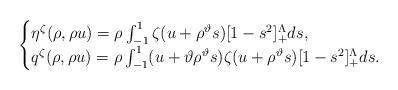
LaTeX: \begin{align*}\begin{cases}\eta^\zeta(\rho,\rho u)=\rho\int_{-1}^1 \zeta(u+\rho^{\vartheta}s)[1-s^2]_+^\Lambda ds, & \\q^\zeta(\rho,\rho u)=\rho\int_{-1}^1 (u+\vartheta\rho^\vartheta s)\zeta(u+\rho^{\vartheta}s)[1-s^2]_+^\Lambda ds. &\end{cases}\end{align*}